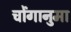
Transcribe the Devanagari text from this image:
चोंगानुमा